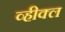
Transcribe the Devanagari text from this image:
व्हीक्ल